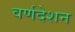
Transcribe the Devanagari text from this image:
वर्णदेशन